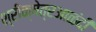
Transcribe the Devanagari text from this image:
श्रीक्षेत्रआळंदी